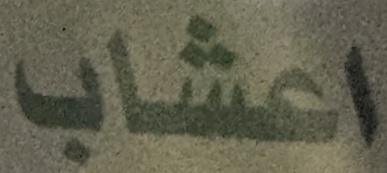
اعشاب